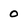
Character: 0